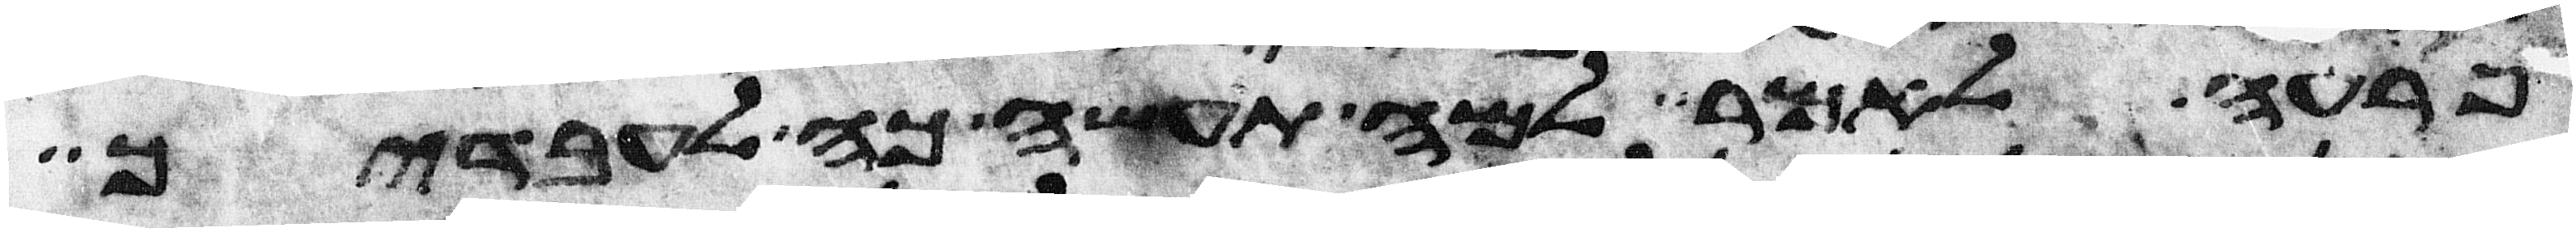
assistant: פרעה לאמר למה תעשה כה לעבדיך